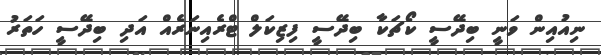
ނިއުއިން ވަނީ ބިދޭސީ ކޯޗަކާ ބިދޭސީ ފިޒިކަލް ޓްރެއިނަރެއް އަދި ބިދޭސީ ހަތަރު